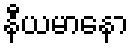
နီယမာနော